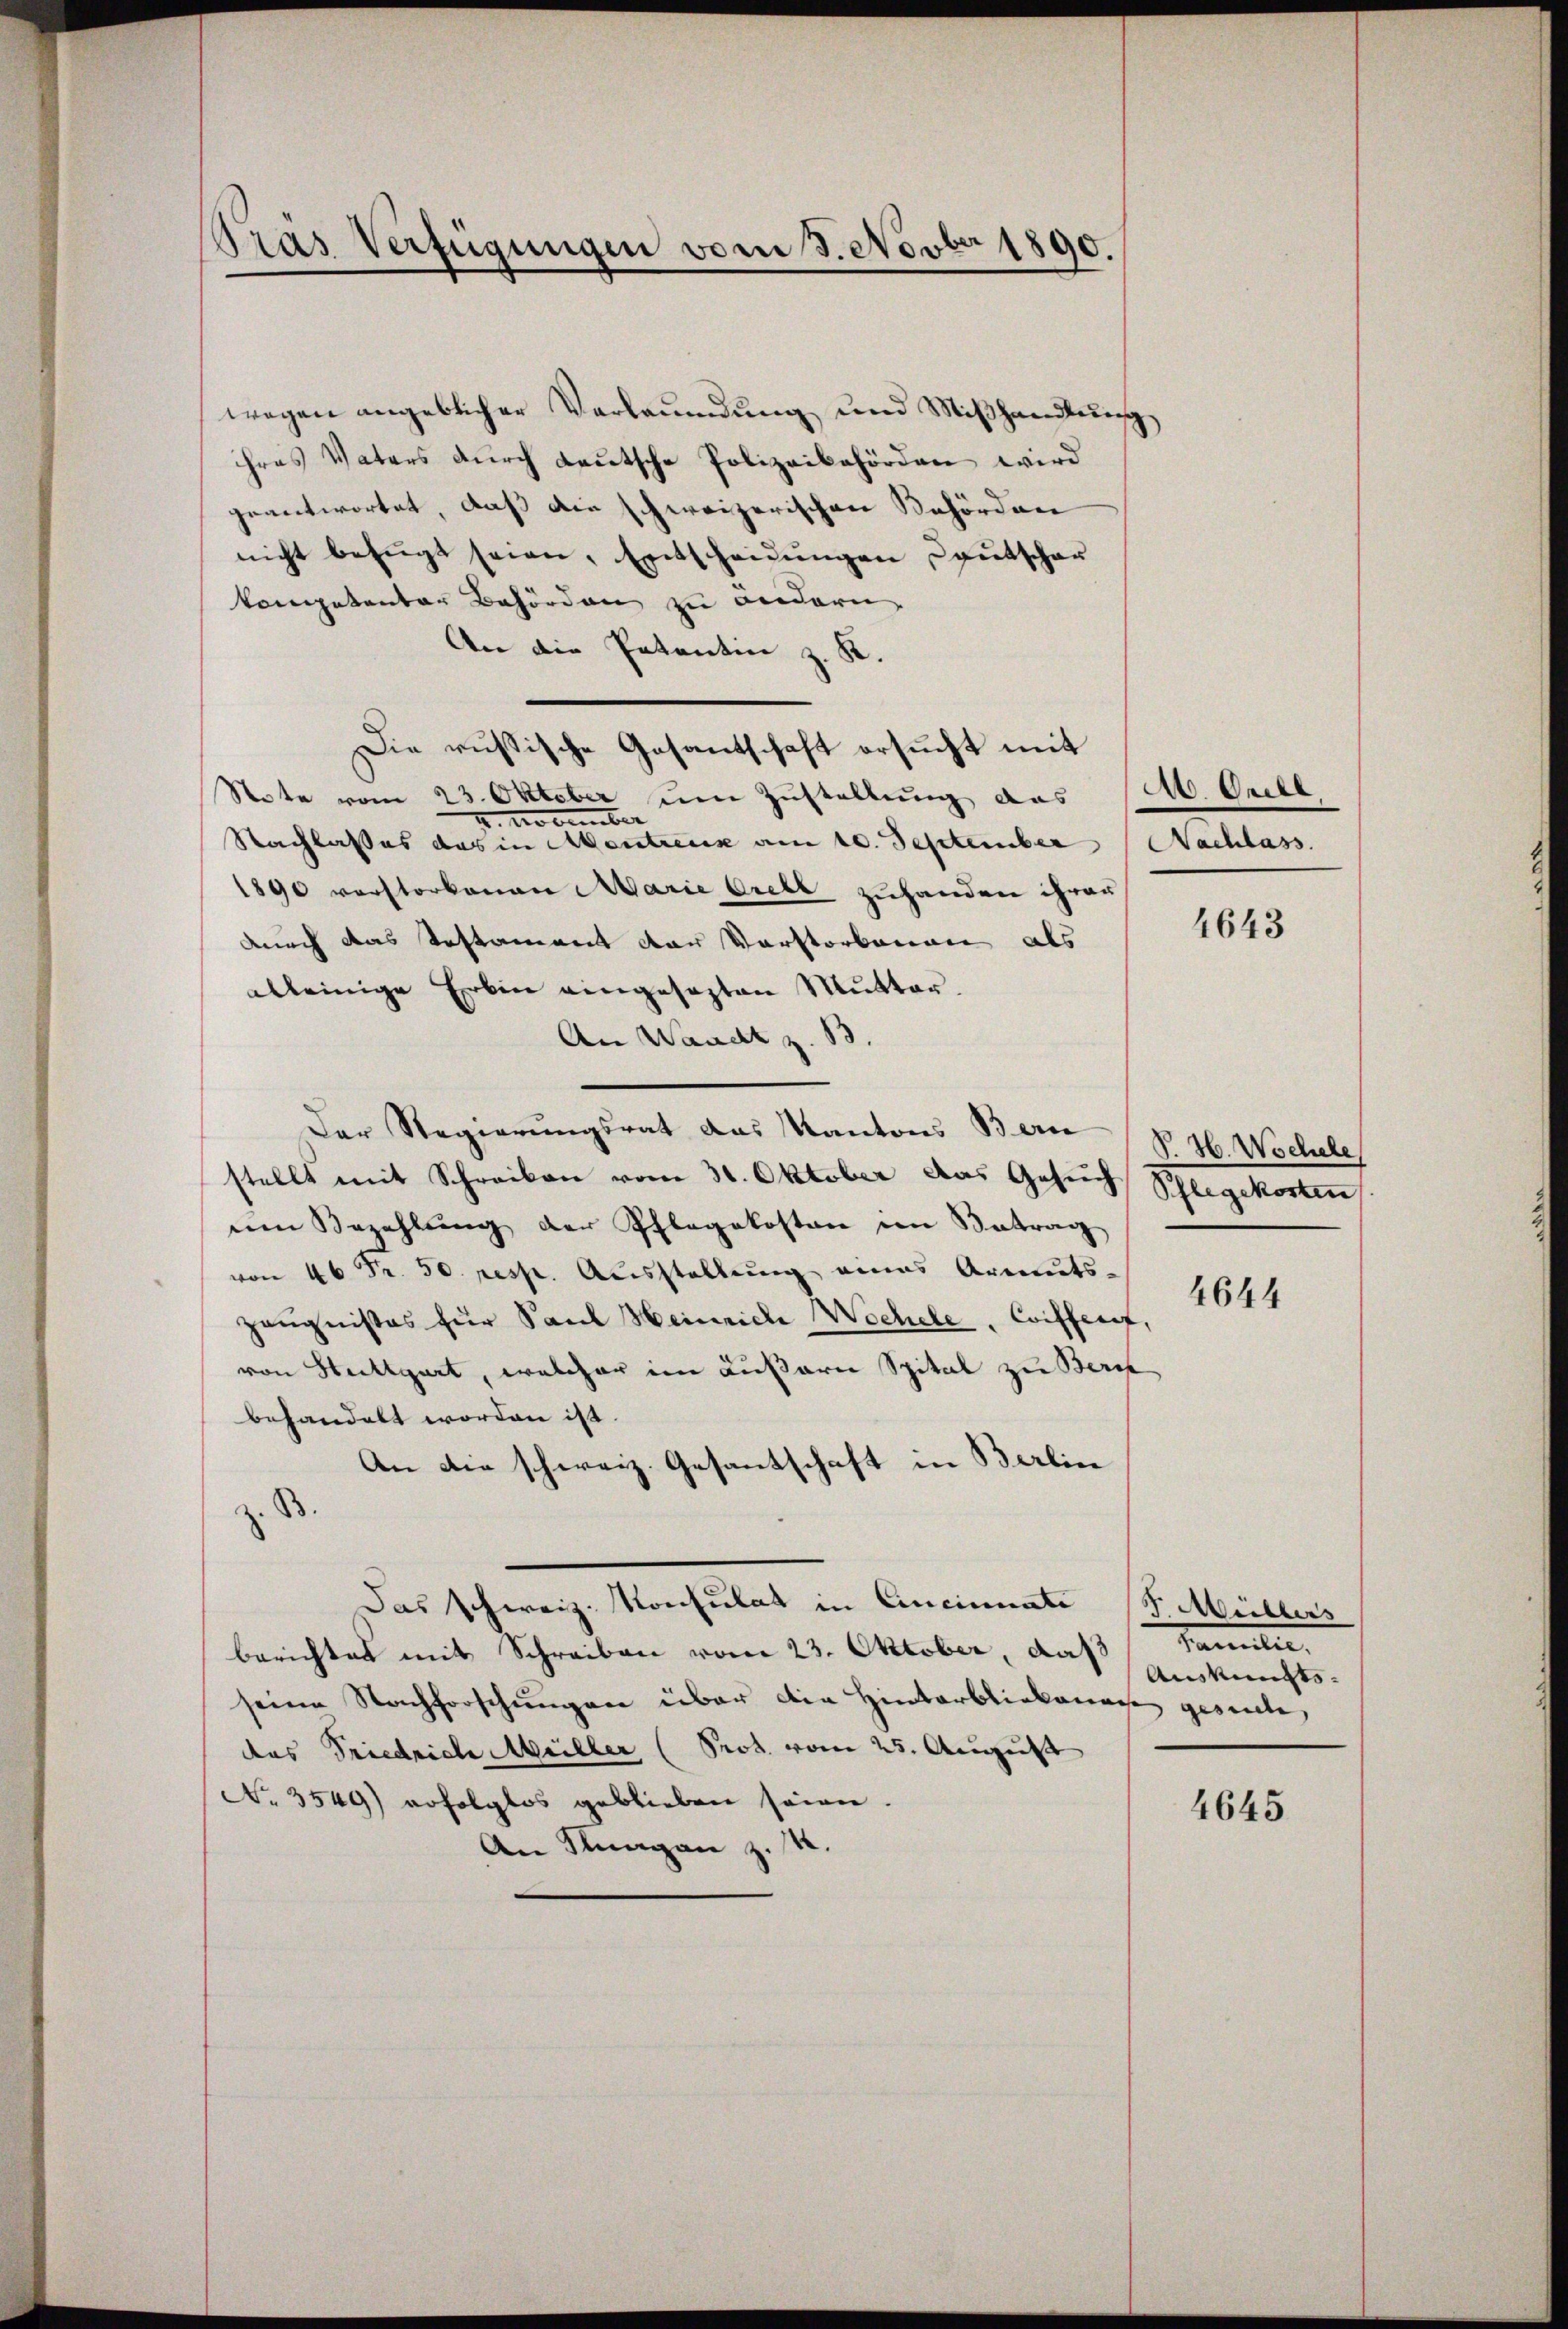
Pras Verfügungen vom 3. Novber 1890.

wegen angeblicher Verleumdung und Mißhandlung
hres Vaters durch Lautsche Polizeibehörden wird
geantwortet, daß die schweizerischen Behörden
nicht befŭgt seien, Entscheidŭngen Lautschar
kompetentar Behörden zu ändern
An die Patentin z. K.
Die russische Gesantschaft ersucht mit
Note vom 23. Oktober um Zustellung das
2. November
Nachlasses das in Mentreux am 10. September Nachlass
1890 verstorbenen Marie Orell zuhanden ihrer
durch das Testament der Vorstorbenen als
ableinige Erbin eingesezten Mutter.
An Waadt z. B.
Der Regierungsrat das Kantons Bern
stellt mit Schreiben vom 31. Oktober das Gesuch
nen Bezahlŭng der Pflegekosten im Betrag
von 40 Fr. 50. resp. Ausstellung eines Armuts-
Zeugnisses für Paul Heinriche Wochele, Coiffenf,
von Stuttgart, welcher im Kußarn Spital zu Beri
behandelt worden ist.
An die schweiz. Gesantschaft in Berlin
B.
Das Schweiz. Konsulat in Cincinate (H. Müllers
berichtes mit Schreiben vom 23. Oktober, daß
seine Nachforschungen über die Hinterbliekanage geseelte,
das Friedrich Müller (Prot. vom 25. August
No. 3549) erfolglos geblieben seien.
An Knagan z. B.

M. Orell

4643

V. H. Wochele
Schlegekosten
4644

Familie
Auskunfts-

4645